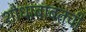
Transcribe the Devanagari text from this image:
शोधाबाबतची